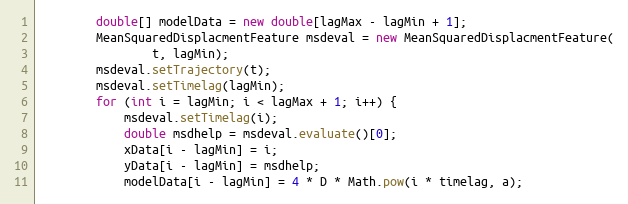
Language: Java
		double[] modelData = new double[lagMax - lagMin + 1];
		MeanSquaredDisplacmentFeature msdeval = new MeanSquaredDisplacmentFeature(
				t, lagMin);
		msdeval.setTrajectory(t);
		msdeval.setTimelag(lagMin);
		for (int i = lagMin; i < lagMax + 1; i++) {
			msdeval.setTimelag(i);
			double msdhelp = msdeval.evaluate()[0];
			xData[i - lagMin] = i;
			yData[i - lagMin] = msdhelp;
			modelData[i - lagMin] = 4 * D * Math.pow(i * timelag, a);